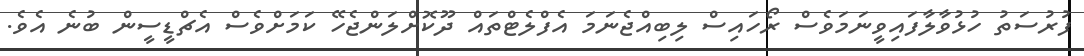
ފުރުސަތު ހުޅުވާލާފައިވީނަމަވެސް ރޯހައިސް ލިބިއްޖެނަމަ އެފްލެޓްތައް ދޫކޮށްލަންޖެހޭ ކަމަށްވެސް އެޗްޑީސީން ބުނެ އެވެ.